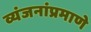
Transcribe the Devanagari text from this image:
व्यंजनांप्रमाणे